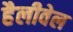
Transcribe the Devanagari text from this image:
हैलीवेल